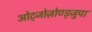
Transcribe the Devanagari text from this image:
ओट्जोज़ोण्ड्जुपा